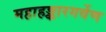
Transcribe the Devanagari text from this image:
महाहङ्कारगर्वेण